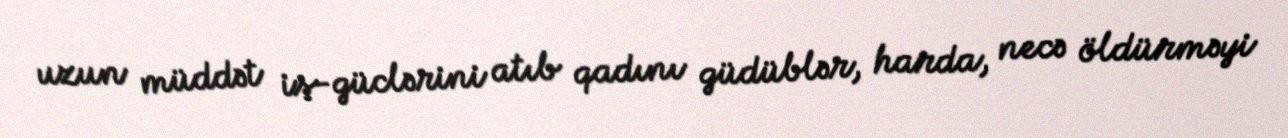
uzun müddət iş-güclərini atıb qadını güdüblər, harda, necə öldürməyi